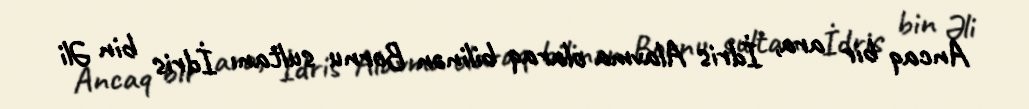
Ancaq bir ara, İdris Alavma olaraq bilinən Bornu sultanı İdris bin Əli